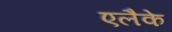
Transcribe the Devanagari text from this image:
एलैके